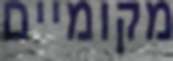
מקומיים